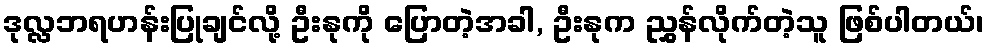
ဒုလ္လဘရဟန်းပြုချင်လို့ ဦးနုကို ပြောတဲ့အခါ, ဦးနုက ညွှန်လိုက်တဲ့သူ ဖြစ်ပါတယ်၊